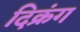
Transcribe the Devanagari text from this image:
दिक्रंग